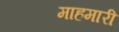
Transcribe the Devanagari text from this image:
माहमारी